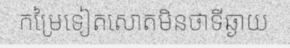
កម្រៃទៀតសោតមិនថាទីឆ្ងាយ